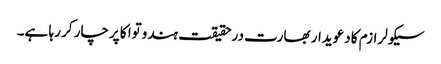
سیکولرازم کا دعویدار بھارت درحقیقت ہندوتوا کا پرچار کر رہا ہے۔